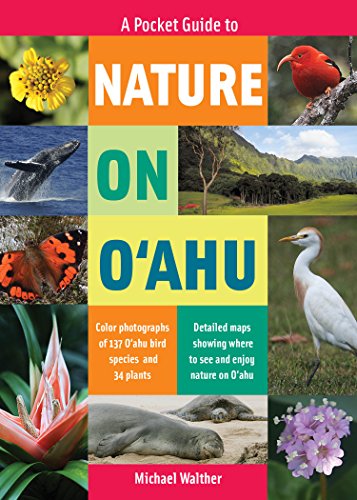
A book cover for A Pocket Guide to Nature on Oahu; Michael Walther; Travel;